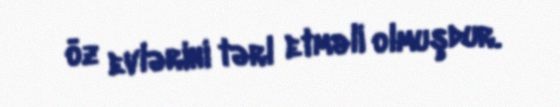
öz evlərini tərl etməli olmuşdur.